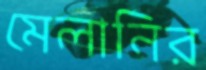
মেলানির